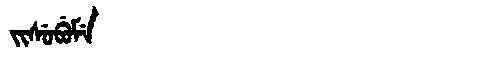
Manchu: ᠵᡳᠰᡠᠪᡠᠮᡝ
Romanization: JISUBUME